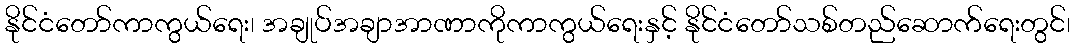
နိုင်ငံတော်ကာကွယ်ရေး၊ အချုပ်အချာအာဏာကိုကာကွယ်ရေးနှင့် နိုင်ငံတော်သစ်တည်ဆောက်ရေးတွင်၊